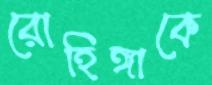
রোহিঙ্গাকে